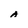
Character: A